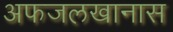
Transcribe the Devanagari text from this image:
अफजलखानास